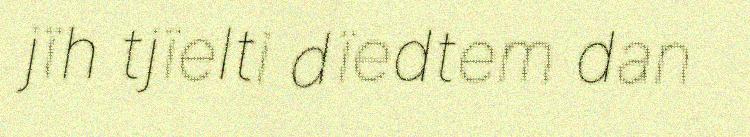
jïh tjïelti dïedtem dan